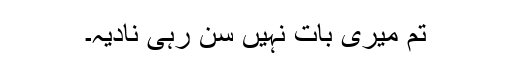
تم میری بات نہیں سن رہی نادیہ۔